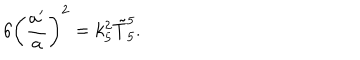
6 \biggl ( \frac { a ^ { \prime } } { a } \biggr ) ^ { 2 } = k _ { 5 } ^ { 2 } \tilde { T } _ { 5 } ^ { 5 } .